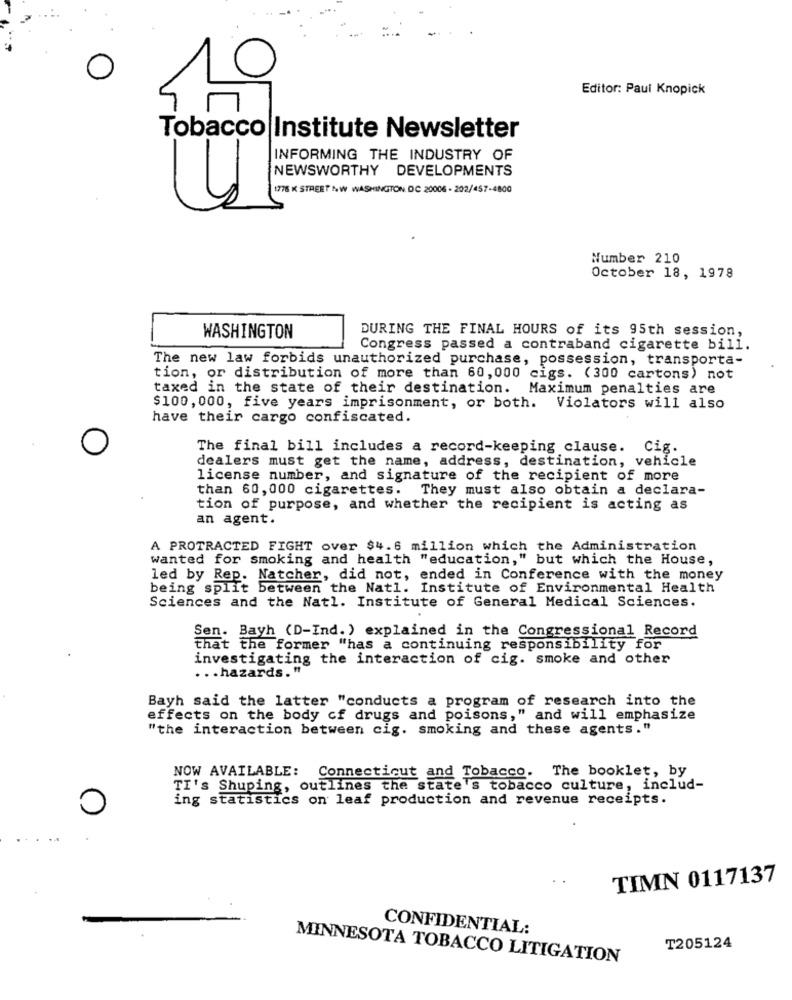
Editor: Paul Knopick
Tobacco Institute Newsletter
INFORMING THE INDUSTRY OF
NEWSWORTHY DEVELOPMENTS
176 K STREET NW WASHINGTON DC 20006 - 202/457-4800
Number 210
October 18, 1978
DURING THE FINAL HOURS of its 95th session,
WASHINGTON
Congress passed a contraband cigarette bill.
The new law forbids unauthorized purchase, possession, transporta-
tion, or distribution of more than 60, 000 cigs. (300 cartons) not
taxed in the state of their destination. Maximum penalties are
$100, 000, five years imprisonment, or both. Violators will also
have their cargo confiscated.
The final bill includes a record-keeping clause. Cig.
dealers must get the name, address, destination, vehicle
license number, and signature of the recipient of more
than 60, 000 cigarettes. They must also obtain a declara-
tion of purpose, and whether the recipient is acting as
an agent.
A PROTRACTED FIGHT over $4.6 million which the Administration
wanted for smoking and health "education," but which the House,
led by Rep. Natcher, did not, ended in Conference with the money
being split between the Natl. Institute of Environmental Health
Sciences and the Natl. Institute of General Medical Sciences.
Sen. Bayh (D-Ind.) explained in the Congressional Record
that the former "has a continuing responsibility for
investigating the interaction of cig. smoke and other
... hazards."
Bayh said the latter "conducts a program of research into the
effects on the body of drugs and poisons," and will emphasize
"the interaction between cig. smoking and these agents."
NOW AVAILABLE: Connecticut and Tobacco. The booklet, by
TI's Shuping, outlines the state's tobacco culture, includ-
ing statistics on leaf production and revenue receipts.
0
TIMN 0117137
CONFIDENTIAL:
T205124
MINNESOTA TOBACCO LITIGATION